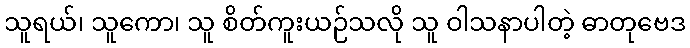
သူရယ်၊ သူကော၊ သူ စိတ်ကူးယဉ်သလို သူ ဝါသနာပါတဲ့ ဓာတုဗေဒ